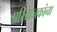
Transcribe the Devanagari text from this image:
परिव्राजकांना